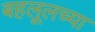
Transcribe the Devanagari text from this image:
बहलूलच्या